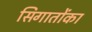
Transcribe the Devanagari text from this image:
सिगातोंका